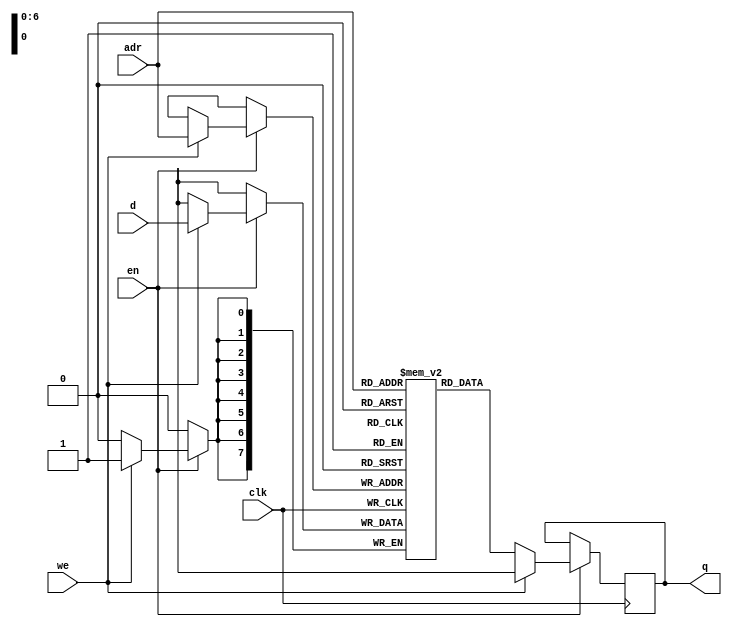
//single-port RAM model 
module SPRAM
#(
parameter data_width = 8,
parameter addr_width = 7,
parameter depth = 128
)(
	adr, d, en, we, clk, q
);

	input [addr_width-1:0] adr;    // address
	input [data_width-1:0] d;      // data in
	input en;                      // active-high enable (clock enable)
	input we;                      // active-high write-enable
	input clk;                     // rising edge clock
	output[data_width-1:0] q;      // data out

	reg [data_width-1:0] q;

	reg [data_width-1:0] mem [depth-1:0];

	always @(posedge clk) begin
		if (en) begin
			if (we) begin
				mem[adr] <= d;
				q <= {data_width{1'bX}} ;
			end
			else begin
				q <= mem[adr];
			end
		end
	end

endmodule